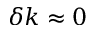
\delta k \approx 0